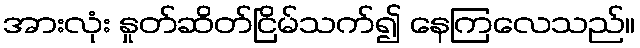
အားလုံး နှုတ်ဆိတ်ငြိမ်သက်၍ နေကြလေသည်။